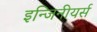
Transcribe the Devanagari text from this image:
इन्जिनीयर्स